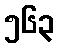
၅၆၃